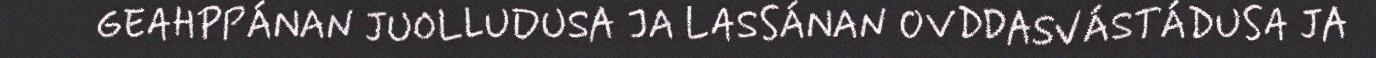
GEAHPPÁNAN JUOLLUDUSA JA LASSÁNAN OVDDASVÁSTÁDUSA JA